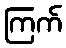
ကြက်